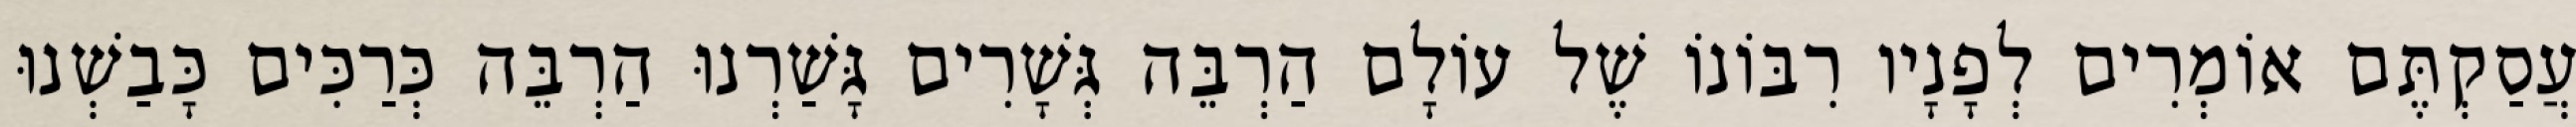
עֲסַקְתֶּם אוֹמְרִים לְפָנָיו רִבּוֹנוֹ שֶׁל עוֹלָם הַרְבֵּה גְּשָׁרִים גָּשַׁרְנוּ הַרְבֵּה כְּרַכִּים כָּבַשְׁנוּ